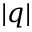
| q |